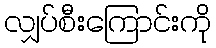
လျှပ်စီးကြောင်းကို